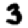
Digit: 3